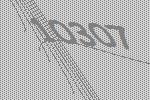
10307